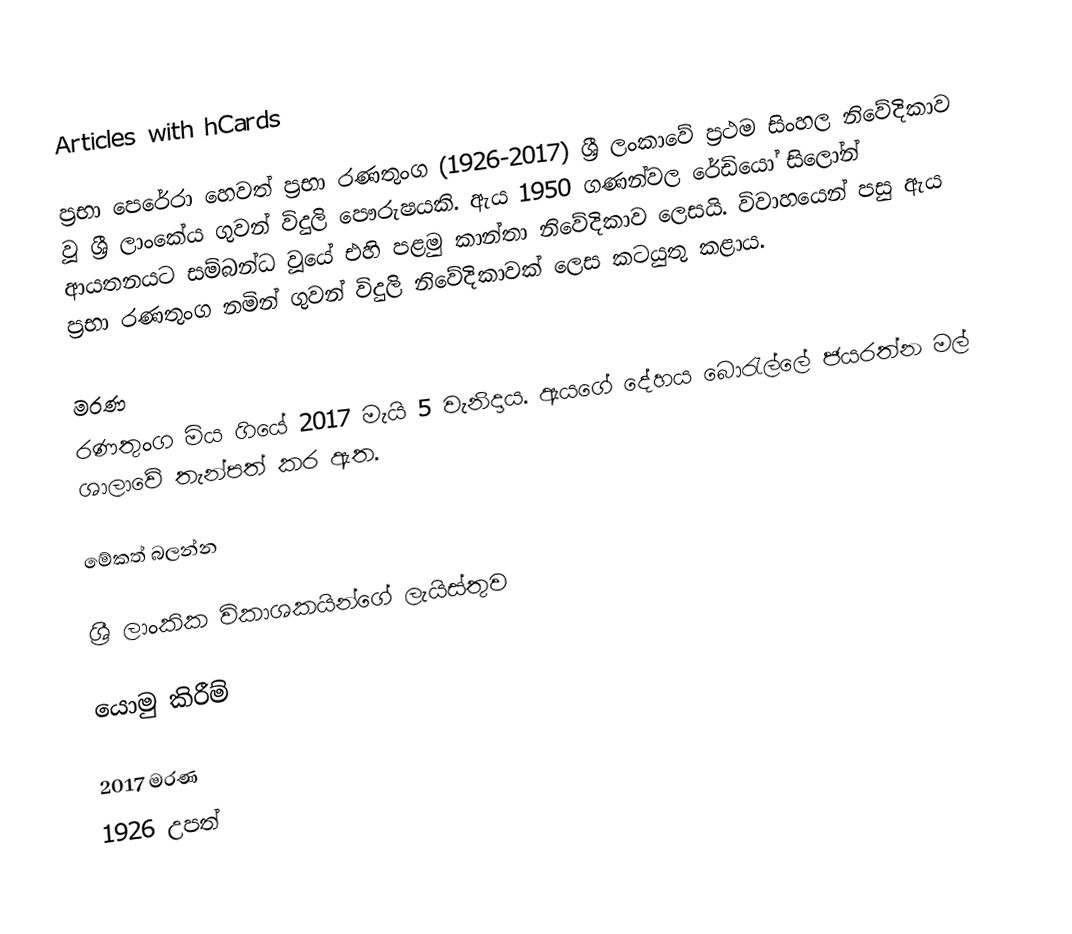
Articles with hCards

ප්‍රභා පෙරේරා හෙවත් ප්‍රභා රණතුංග (1926-2017) ශ්‍රී ලංකාවේ ප්‍රථම සිංහල නිවේදිකාව වූ ශ්‍රී ලාංකේය ගුවන් විදුලි පෞරුෂයකි. ඇය 1950 ගණන්වල රේඩියෝ සිලෝන් ආයතනයට සම්බන්ධ වූයේ එහි පළමු කාන්තා නිවේදිකාව ලෙසයි. විවාහයෙන් පසු ඇය ප්‍රභා රණතුංග නමින් ගුවන් විදුලි නිවේදිකාවක් ලෙස කටයුතු කළාය.

මරණ
රණතුංග මිය ගියේ 2017 මැයි 5 වැනිදාය. ඇයගේ දේහය බොරැල්ලේ ජයරත්න මල් ශාලාවේ තැන්පත් කර ඇත.

මේකත් බලන්න

 ශ්‍රී ලාංකික විකාශකයින්ගේ ලැයිස්තුව

යොමු කිරීම්

2017 මරණ
1926 උපත්